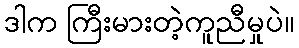
ဒါက ကြီးမားတဲ့ကူညီမှုပဲ။